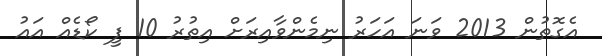
އެގޮތުން 2013 ވަނަ އަހަރު ނިމެންވާއިރަށް އިތުރު 10 ފީ ކޯޑެއް އައު